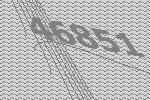
46851